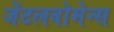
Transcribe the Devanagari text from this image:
जेंटलवोमेन्स